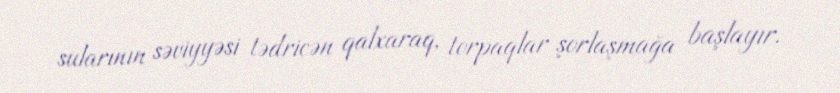
sularının səviyyəsi tədricən qalxaraq, torpaqlar şorlaşmağa başlayır.